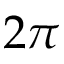
2 \pi